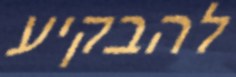
להבקיע